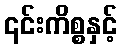
၎င်းကိစ္စနှင့်